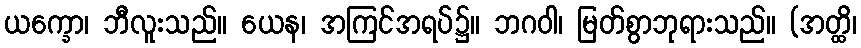
ယက္ခော၊ ဘီလူးသည်။ ယေန၊ အကြင်အရပ်၌။ ဘဂဝါ၊ မြတ်စွာဘုရားသည်။ (အတ္ထိ၊